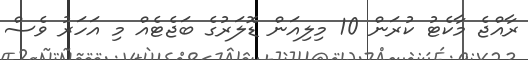
ރާއްޖެ މާކެޓު ކުރަން 10 މިލިއަން ޑޮލަރުގެ ބަޖެޓެއް މި އަހަރު ވެސް